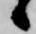
候